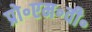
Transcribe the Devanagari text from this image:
प्रो॰एम॰वी॰